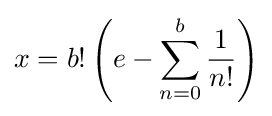
x=b!\left(e-\sum _{n=0}^{b}{\frac {1}{n!}}\right)